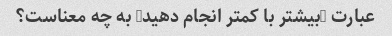
عبارت "بیشتر با کمتر انجام دهید" به چه معناست؟